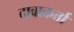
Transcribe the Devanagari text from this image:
दावाकर्त्ता